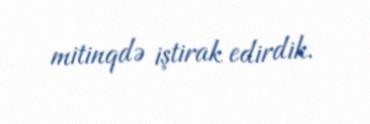
mitinqdə iştirak edirdik.